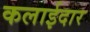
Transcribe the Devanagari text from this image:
कलाईदार